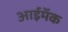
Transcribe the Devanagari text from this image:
आईमॅक